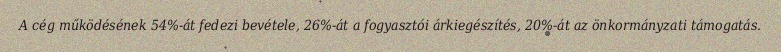
A cég működésének 54%-át fedezi bevétele, 26%-át a fogyasztói árkiegészítés, 20%-át az önkormányzati támogatás.